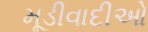
મૂડીવાદીઓ